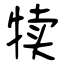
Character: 犊